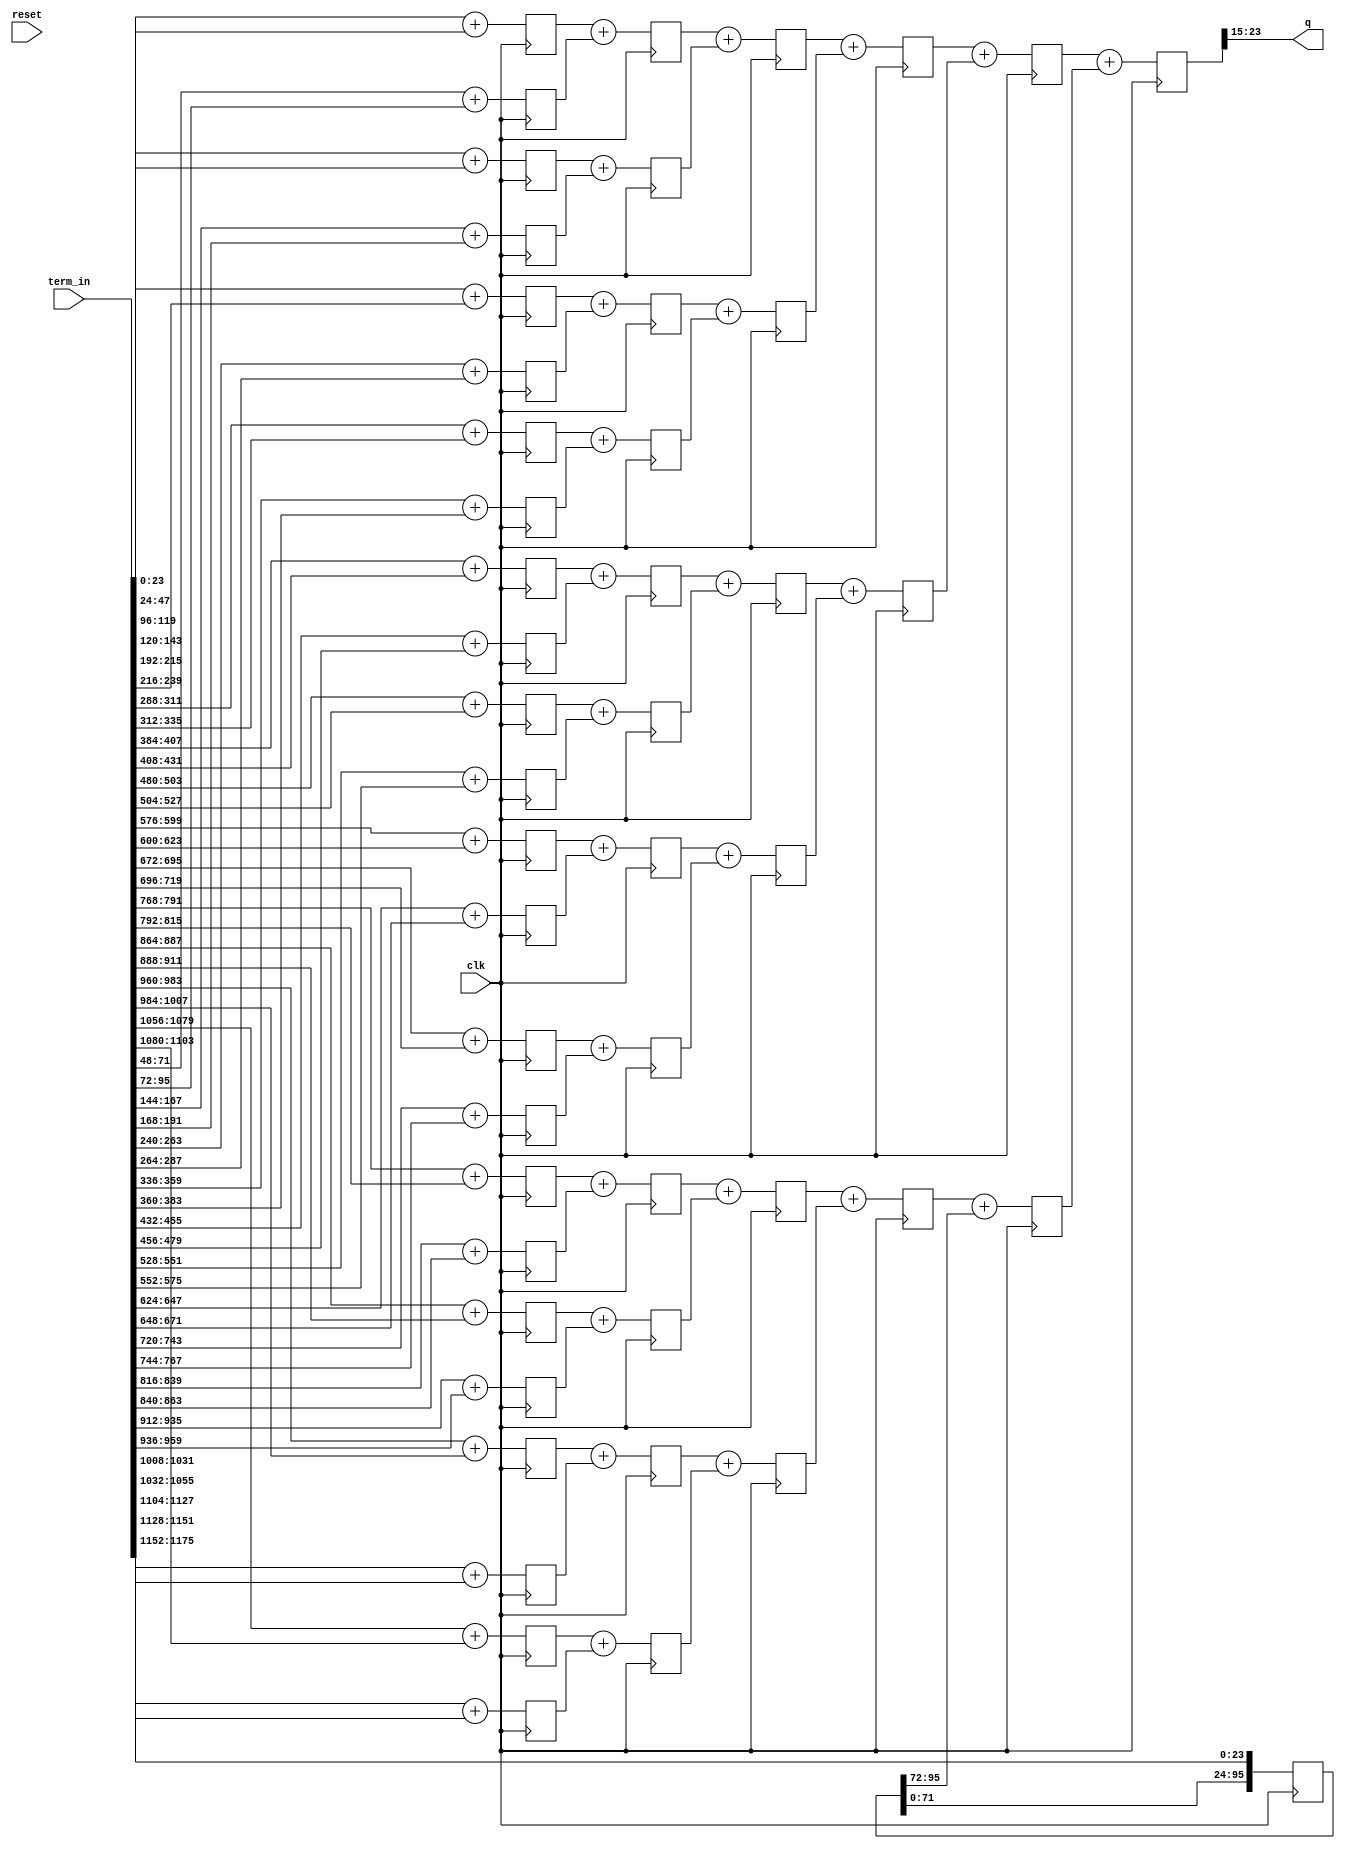
`timescale 1ns / 1ps

//`include "array_pack_unpack.v"//////////////////////////////////////////////////////////////////////////////////
// Company: 
// Engineer: 
// 
// Design Name: 
// Module Name:    adder_tree_LOG 
// Project Name: 
// Target Devices: 
// Tool versions: 
// Description: 
//
// Dependencies: 
//
// Revision: 
// Revision 0.01 - File Created
// Additional Comments: 
//
//////////////////////////////////////////////////////////////////////////////////
module adder_tree_LOG
	#(parameter PIX_BIT=8,
              MASK_WIDTH=7,
              COFCNT_BIT=15,
				  TERM_SIZE=(MASK_WIDTH**2)
    )
	 (
		input wire clk,reset,
		input wire signed [(PIX_BIT+COFCNT_BIT+1)*TERM_SIZE-1:0]   term_in , // products of p*c
	  
		output wire [PIX_BIT:0] q // signed filter output sign+ 8 bit
		
		);

	  ////////////////////////////////////////////////////////////////////
	  // local parameters to establish signals width
	  localparam //TERM_SIZE =(MASK_WIDTH**2), // Number of terms (p*c)
					 RED_TRM_SZ= TERM_SIZE/2;	  // Number of reduced terms
     // Signal Declarations
	  // redefining input signals:
	  wire [PIX_BIT+COFCNT_BIT:0] term [0:TERM_SIZE-1];
	 
	  // addition-related signals:
	  wire signed [PIX_BIT+COFCNT_BIT+1  :0] reduced_term [0:RED_TRM_SZ-1];// reduced products into two (summing pairs of the product)
	  reg  signed [PIX_BIT+COFCNT_BIT+1  :0] reduced_term_reg [0:RED_TRM_SZ-1];
	  wire signed [47:0]                     addened [0:RED_TRM_SZ-1][5:0]; // adder tree signal till //5 =LOG2(RED_TRM_SZ)
	  reg  signed [47:0]                     addened_reg [0:RED_TRM_SZ-1][5:0];
	  // Leftover term pipeline
	  reg  [(PIX_BIT+COFCNT_BIT+1)*4-1:0]		lftovr_pipe_reg ;//0:15
	  reg	 [(PIX_BIT+COFCNT_BIT+1)*4-1:0]		lftovr_pipe_next;//0:15
	  genvar i;
	   //==========================================================
	  //==========================================================
	  //Addition tree: this was implemented for 49-tap specfically:
	  //==========================================================
	  //==========================================================
	  localparam PK_LEN= TERM_SIZE,
					  PK_WIDTH= PIX_BIT+COFCNT_BIT+1;
	  genvar unpk_idx;
		generate
			for (unpk_idx=0; unpk_idx<(PK_LEN); unpk_idx=unpk_idx+1) 
			begin:UNPACKING
					assign term[unpk_idx][((PK_WIDTH)-1):0] = term_in[((PK_WIDTH)*unpk_idx+(PK_WIDTH-1)):((PK_WIDTH)*unpk_idx)];
			end
		endgenerate
	  // reduced products using single dsp block for two additions
	  //==========================================================
	  genvar j;
	  generate 
			for(j=0;j<RED_TRM_SZ;j=j+2)
			//begin: REDUCED_TERMS
			//	dsp_adder24 add_two(.AIN1(term[2*j]), .AIN2(term[2*(j+1)]), .BIN1(term[2*j+1]), .BIN2(term[2*(j+1)+1]), .CLK(clk), //.RST(reset), 
			//		.OUT1(reduced_term[j]), .OUT2(reduced_term[j+1]));
			//end
			begin: REDUCED_TERMS
				always@(posedge clk)
					begin
						reduced_term_reg[j]	= reduced_term[j];
						reduced_term_reg[j+1]= reduced_term[j+1];
					end
				assign reduced_term[j]	 = term[2*j]		+ term[2*j+1];
				assign reduced_term[j+1] = term[2*(j+1)]	+ term[2*(j+1)+1];
			end
	  endgenerate
	  //==========================================================
	  
	  
	  // If odd number of TERM_SIE, the left term should be piplined all the way along with the signals
	  //==========================================================
	  //  seqeuntial circuit for pipe line along with the ready signal
	  always@(posedge clk)
			//if(reset)
			//		begin
					// odd element left over from the adder tree
			//		lftovr_pipe_reg<=0;
					//ready_reg      <=0;
			//		end
			//else
					begin
					// odd element left over from the adder tree
					lftovr_pipe_reg<=lftovr_pipe_next;
					//ready_reg      <=ready_next;
					end
		
	  //next_stage logic for pipe line
	  always@(term[TERM_SIZE-1],lftovr_pipe_reg)
	  begin
		//			lftovr_pipe_next[0]=term[TERM_SIZE-1];
		//			for(pipe_stage=1;pipe_stage<16;pipe_stage=pipe_stage+1)
		//			lftovr_pipe_next[pipe_stage]=lftovr_pipe_reg[pipe_stage-1];
			lftovr_pipe_next={lftovr_pipe_reg[(PIX_BIT+COFCNT_BIT+1)*3-1:0],term[TERM_SIZE-1]};
			//ready_next		 ={ready_reg[7:0],enable};
	  end
	  // 2nd stage of adder tree signals renaming (5 in array index-descending)
	  //==========================================================
	  generate
			for(i=0;i<RED_TRM_SZ;i=i+1)
				begin: SIG_RENAME
				assign addened[i][5]=$signed({{(46-PIX_BIT-COFCNT_BIT){reduced_term_reg[i][PIX_BIT+COFCNT_BIT+1]}},reduced_term_reg[i]}); //5=LOG2(RED_TRM_SZ)
				end
	  endgenerate
	  //==========================================================
	  
	  //Other stages of the adder down to 2 as the array elements are not a power of two
	  //========================================================== 
	  generate
			for(j=5-1;j>=2;j=j-1) //j=LOG2(RED_TRM_SZ)
			begin: ADDER_STAGE_OUTER
				for(i=0;i<(RED_TRM_SZ/(2**(5-j)));i=i+1) //**(LOG2(RED_TRM_SZ)-j
				begin: ADDER_STAGE_INNER
					always@(posedge clk)
						begin
							addened_reg[i][j]	<= addened [i][j];
						end
					if (j==4)
						begin
							//dsp_adder48 adder_tree(.AIN1(addened[2*i][j+1]), .BIN1(addened[2*i+1][j+1]), .CLK(clk),  .OUT1(addened[i][j]));//.RST(reset),
							assign addened[i][j] =	addened[2*i][j+1] + addened[2*i+1][j+1];
						end
					else
						begin
							assign addened[i][j] =	addened_reg[2*i][j+1] + addened_reg[2*i+1][j+1];
						end
				end// adder stage inner
			
			end // adder stage outer
	  endgenerate
	  
	  assign addened[3][2]=$signed({{(47-PIX_BIT-COFCNT_BIT){lftovr_pipe_reg[4*(PIX_BIT+COFCNT_BIT+1)-1]}},lftovr_pipe_reg[4*(PIX_BIT+COFCNT_BIT+1)-1:3*(PIX_BIT+COFCNT_BIT+1)]});
	  
	  //Left over of the adder tree stage 1 to 0 ( the odd leftover from term to be included)
	  generate
			for(j=1;j>=0;j=j-1)
			begin: LEFT_OVER_OUTER
				for(i=0;i<2**j;i=i+1)
				begin: LEFT_OVER_INNER
					//dsp_adder48 adder_tree_(.AIN1(addened[2*i][j+1]), .BIN1(addened[2*i+1][j+1]), .CLK(clk),  .OUT1(addened[i][j]));//.RST(reset),
					always@(posedge clk)
						begin
							addened_reg [i][j] <= addened [i][j];
						end
					if (j==1 && i==1)
						begin
							assign addened[i][j] = addened_reg[2*i][j+1] + addened[2*i+1][j+1];
						end
					else
						begin
							assign addened[i][j] = addened_reg[2*i][j+1] + addened_reg[2*i+1][j+1];
						end
				end // left over inner
			end// left over outer
	  endgenerate
	  
	  
	  
	   // output logic
	  assign q		= {addened_reg[0][0][PIX_BIT+15:15]}; //14 in case of averaging .. 15 in case of edge .. 14 is the 1st decimal bit. {addened[0][0][47],addened[0][0][PIX_BIT+13:14]}; 
	  
endmodule